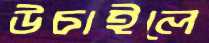
উচাইলে